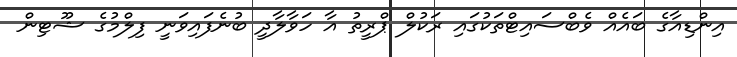
އިންޑިއާގެ ބައެއް ވެބްސައިޓްތަކުގައި ރަކުލް ޕްރީތު އާ ހަވާލާދީ ބުނެފައިވަނީ ފިލްމުގެ ޝޫޓިން